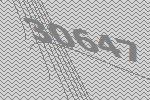
30647